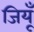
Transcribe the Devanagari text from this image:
जियूँ